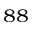
^ { 8 8 }